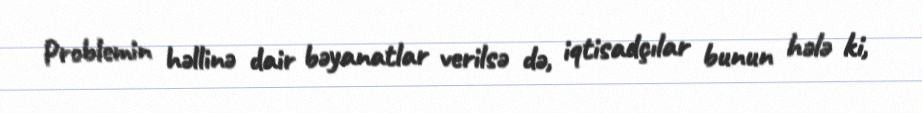
Problemin həllinə dair bəyanatlar verilsə də, iqtisadçılar bunun hələ ki,